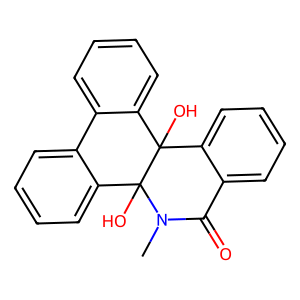
SMILES: CN1C(=O)c2ccccc2C2(O)c3ccccc3-c3ccccc3C12O
Inhibits HIV replication: No